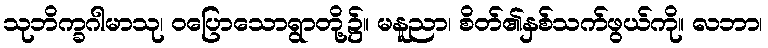
သုဘိက္ခဂါမာသု၊ ဝပြောသောရွာတို့၌။ မနူညာ၊ စိတ်၏နှစ်သက်ဖွယ်ကို။ လဘာ၊